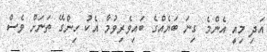
އަދި މިއީ އެންމެ ގިނަ ބަޔެއްްގެ ބައިވެރިވުމާ އެކު ހިންގޭ ތަނަށް ވެސް